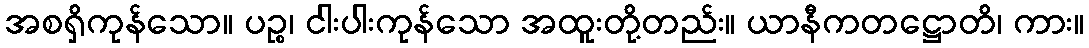
အစရှိကုန်သော။ ပဉ္စ၊ ငါးပါးကုန်သော အထူးတို့တည်း။ ယာနီကတဋ္ဌောတိ၊ ကား။